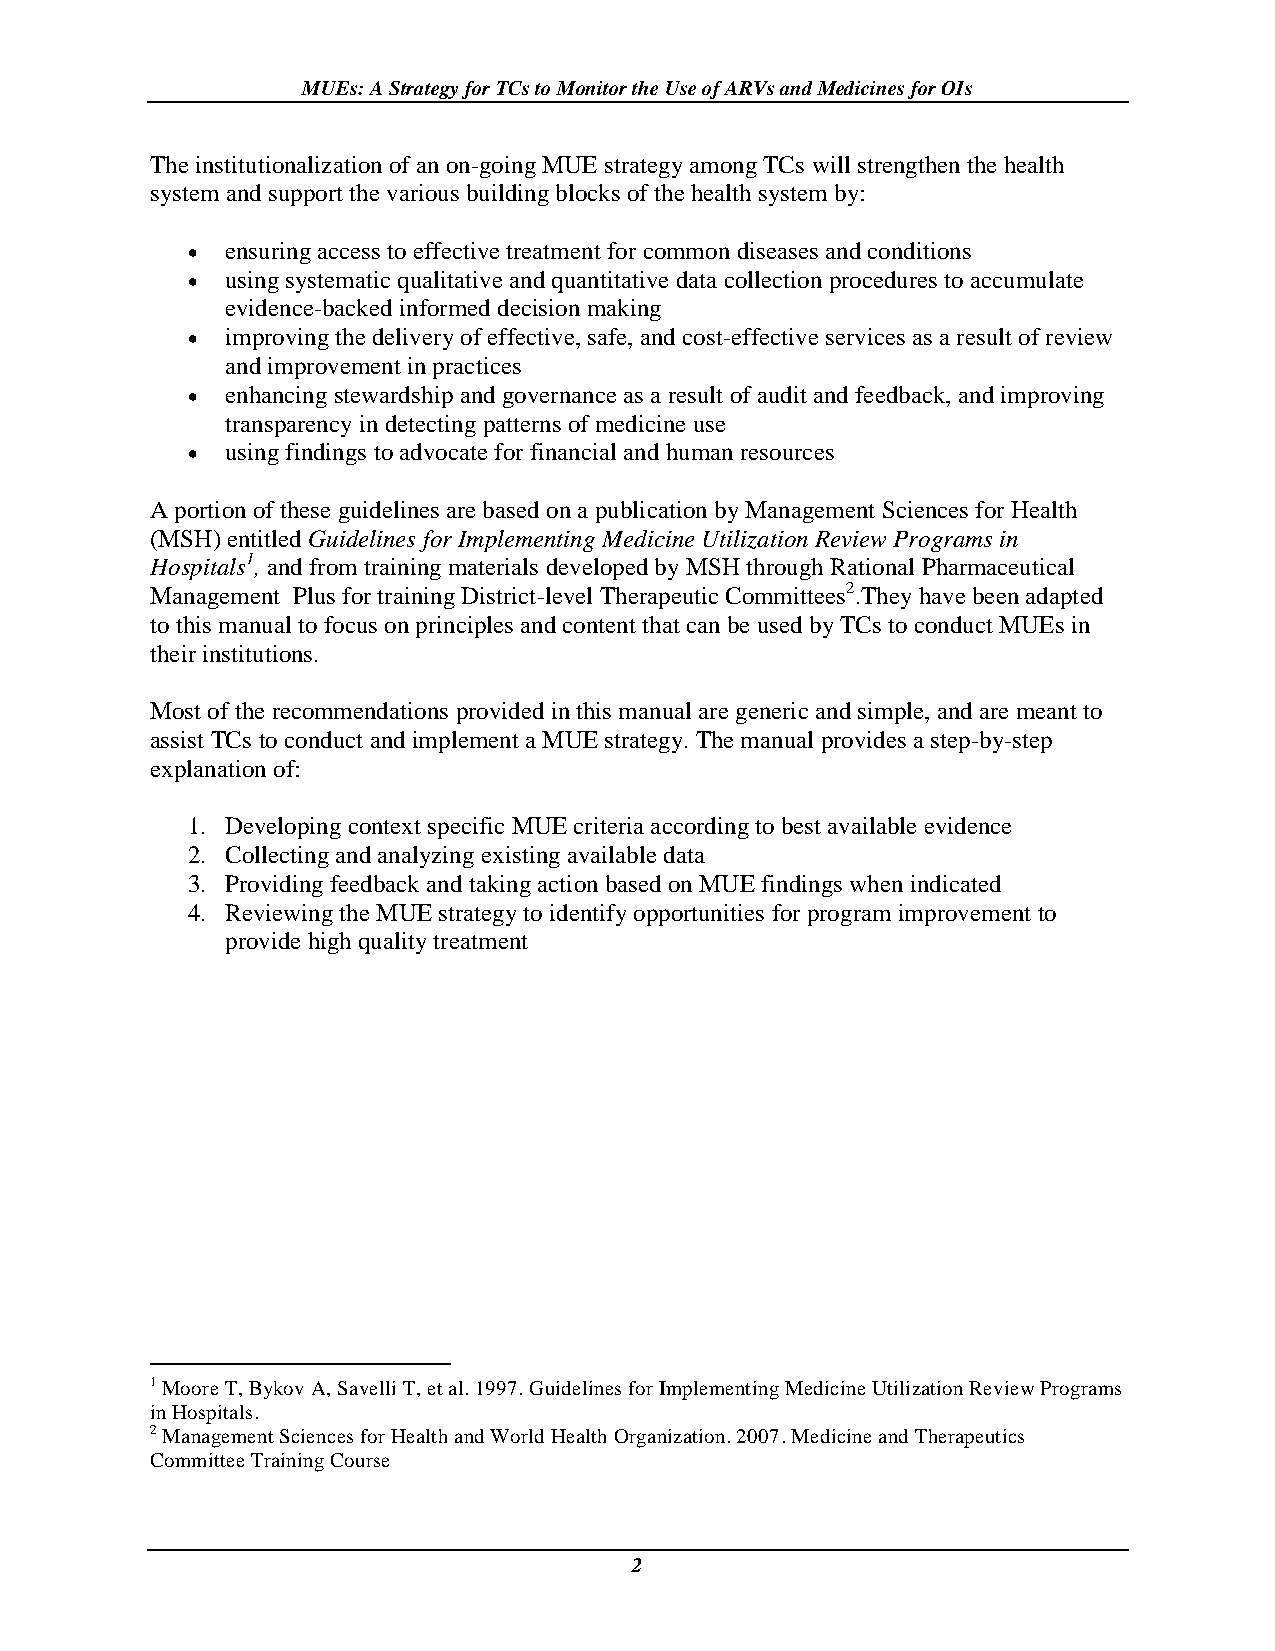
MUEs: A Strategy for TCs to Monitor the Use of ARVs and Medicines for OIs
 The institutionalization of an on-going MUE strategy among TCs will strengthen the health
 system and support the various building blocks of the health system by:
   ensuring access to effective treatment for common diseases and conditions
   using systematic qualitative and quantitative data collection procedures to accumulate
 evidence-backed informed decision making
   improving the delivery of effective, safe, and cost-effective services as a result of review
 and improvement in practices
   enhancing stewardship and governance as a result of audit and feedback, and improving
 transparency in detecting patterns of medicine use
   using findings to advocate for financial and human resources
 A portion of these guidelines are based on a publication by Management Sciences for Health
 (MSH) entitled Guidelines for Implementing Medicine Utilization Review Programs in
 Hospitals1, and from training materials developed by MSH through Rational Pharmaceutical
 Management Plus for training District-level Therapeutic Committees2.They have been adapted
 to this manual to focus on principles and content that can be used by TCs to conduct MUEs in
 their institutions.
 Most of the recommendations provided in this manual are generic and simple, and are meant to
 assist TCs to conduct and implement a MUE strategy. The manual provides a step-by-step
 explanation of:
 1. Developing context specific MUE criteria according to best available evidence
 2. Collecting and analyzing existing available data
 3. Providing feedback and taking action based on MUE findings when indicated
 4. Reviewing the MUE strategy to identify opportunities for program improvement to
 provide high quality treatment
 1 Moore T, Bykov A, Savelli T, et al. 1997. Guidelines for Implementing Medicine Utilization Review Programs
 in Hospitals.
 2 Management Sciences for Health and World Health Organization. 2007. Medicine and Therapeutics
 Committee Training Course
 2